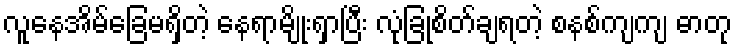
လူနေအိမ်ခြေမရှိတဲ့ နေရာမျိုးရှာပြီး လုံခြုံစိတ်ချရတဲ့ စနစ်ကျကျ ဓာတု